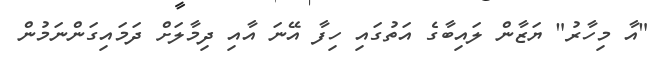
"އާ މިހާރު" ޔަޒާން ލައިބާގެ އަތުގައި ހިފާ އޭނަ އާއި ދިމާލަށް ދަމައިގަންނަމުން